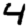
Digit: 4